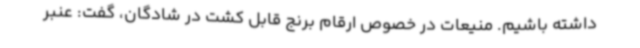
داشته باشیم. منیعات در خصوص ارقام برنج قابل کشت در شادگان، گفت: عنبر